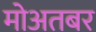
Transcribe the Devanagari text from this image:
मोअतबर